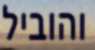
והוביל